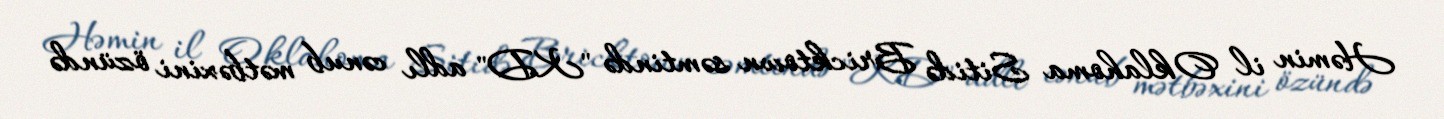
Həmin il Oklahoma Sitidə Bricktown səmtində "KD" adlı cənub mətbəxini özündə